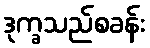
ဒုက္ခသည်စခန်း